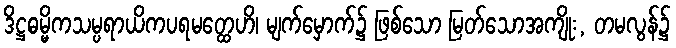
ဒိဋ္ဌဓမ္မိကသမ္ပရာယိကပရမတ္ထေဟိ၊ မျက်မှောက်၌ ဖြစ်သော မြတ်သောအကျိုး, တမလွန်၌